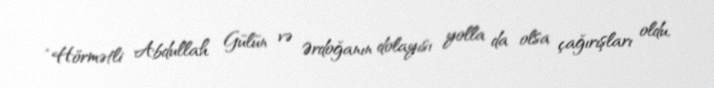
“Hörmətli Abdullah Gülün və Ərdoğanın dolayısı yolla da olsa çağırışları oldu,